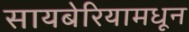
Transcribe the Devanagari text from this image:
सायबेरियामधून